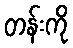
တန်းကို